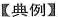
【典例】